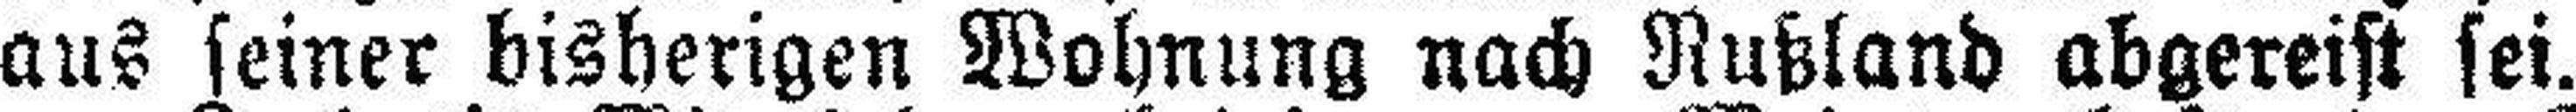
aus seiner bisherigen Wohnung nach Rußland abgereist sei.